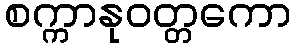
စက္ကာနုဝတ္တကော